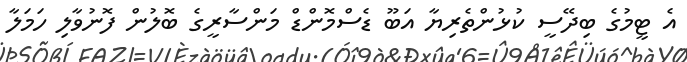
އެ ޓީމުގެ ބިދޭސީ ކުޅުންތެރިޔާ އަބޫ ޑެސްމޮންޑް މަންސާރީގެ ބޮލުން ފޮނުވާލި ހަމަލާ